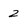
Character: 2